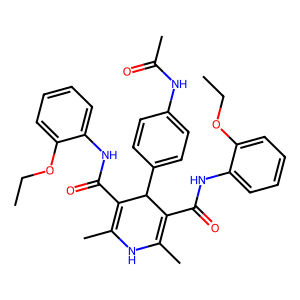
SMILES: CCOc1ccccc1NC(=O)C1=C(C)NC(C)=C(C(=O)Nc2ccccc2OCC)C1c1ccc(NC(C)=O)cc1
Inhibits HIV replication: No